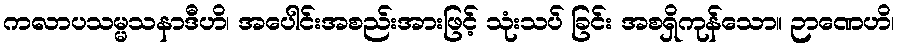
ကလာပသမ္မသနာဒီဟိ၊ အပေါင်းအစည်းအားဖြင့် သုံးသပ် ခြင်း အစရှိကုန်သော။ ဉာဏေဟိ၊